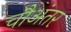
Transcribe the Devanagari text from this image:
चौअंतर